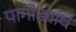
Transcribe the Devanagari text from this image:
पागोट्यांचे